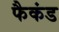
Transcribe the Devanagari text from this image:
फैकंड